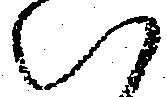
い